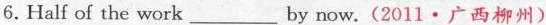
6.Half of the work___by now.(2011·广西柳州)